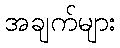
အချက်များ